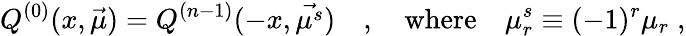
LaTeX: Q^{(0)}(x,\vec{\mu})=Q^{(n-1)}(-x,\vec{\mu^{s}})\quad,\quad\mathrm{where}\quad\mu_{r}^{s}\equiv(-1)^{r}\mu_{r}\; ,